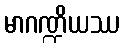
မာဂဏ္ဍိယဿ